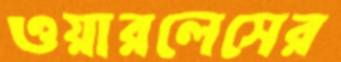
ওয়ারলেসের